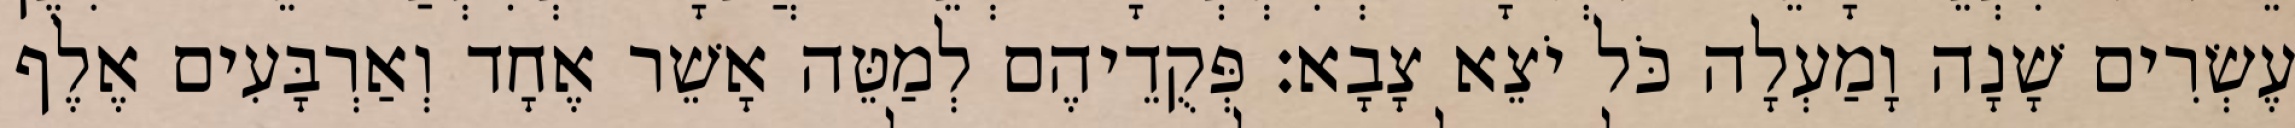
עֶשְׂרִים שָׁנָה וָמַעְלָה כֹּל יֹצֵא צָבָא׃ פְּקֻדֵיהֶם לְמַטֵּה אָשֵׁר אֶחָד וְאַרְבָּעִים אֶלֶף